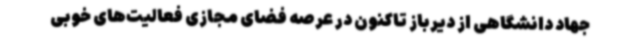
جهاد دانشگاهی از دیرباز تاکنون در عرصه فضای مجازی فعالیت‌های خوبی